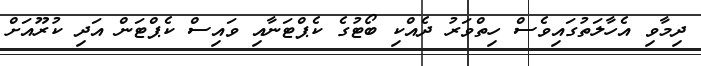
ދިމާވި އެހާލަތުގައިވެސް ހިތްވަރު ދެއްކި ބޯޓުގެ ކެޕްޓަނާއި ވައިސް ކެޕްޓަން އަދި ކުރޫއަށް